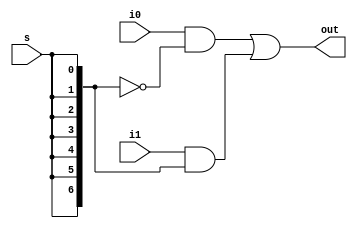
`timescale 1ns / 1ps
//////////////////////////////////////////////////////////////////////////////////
// Company: 
// Engineer: 
// 
// Design Name: 
// Module Name: 2to1mux
// Project Name: 
// Target Devices: 
// Tool Versions: 
// Description: 
// 
// Dependencies: 
// 
// Revision:
// Revision 0.01 - File Created
// Additional Comments:
// 
//////////////////////////////////////////////////////////////////////////////////


module twotoonemux(
    input [6:0] i0,
    input [6:0] i1,
    input s,
    output [6:0] out
    );
    wire [6:0] w;
    assign w = {7{s}};
    assign out = (i0 & ~w) | (i1 & w);
endmodule